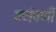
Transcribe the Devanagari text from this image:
वर्णवर्णी